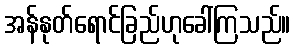
အန်နုတ်ရောင်ခြည်ဟုခေါ်ကြသည်။